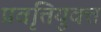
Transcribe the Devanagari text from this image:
प्रवृत्तियुक्त